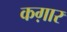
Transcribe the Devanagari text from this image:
कग़ार